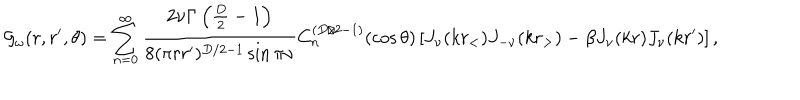
LaTeX: { \cal G } _ { \omega } ( r , r ^ { \prime } , \theta ) = \sum _ { n = 0 } ^ { \infty } { \frac { 2 \nu \Gamma \left( { \frac { D } { 2 } } - 1 \right) } { 8 ( \pi r r ^ { \prime } ) ^ { D / 2 - 1 } \sin \pi \nu } } C _ { n } ^ { ( D / 2 - 1 ) } ( \cos \theta ) \left[ J _ { \nu } ( k r _ { < } ) J _ { - \nu } ( k r _ { > } ) - \beta J _ { \nu } ( k r ) J _ { \nu } ( k r ^ { \prime } ) \right] ,